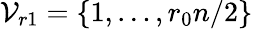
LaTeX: \mathcal{V}_{r1}=\{ 1,\dots,r_{0}n/2\}